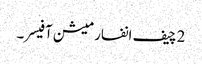
2 چیف انفارمیشن آفیسر۔